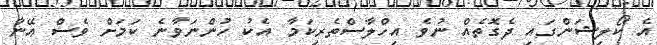
އެ ކޯލިޝަންގައި ދެގޮތެއް ނުވެ އިހްލާސްތެރިކަމާ އެކު ހުންނަވާނެ ކަމަށް ވެސް އޭނާ